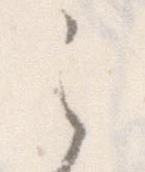
之